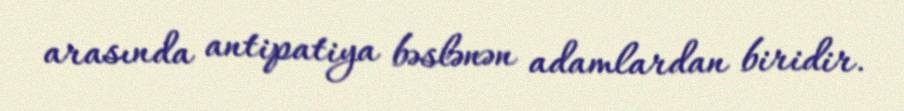
arasında antipatiya bəslənən adamlardan biridir.